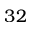
3 2